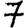
Digit: 7